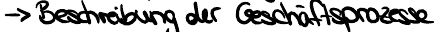
-> Beschreibung der Geschäftsprozesse